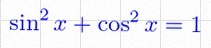
\sin^2x+\cos^2x=1